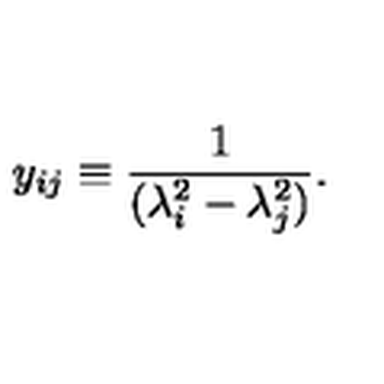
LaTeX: y _ { i j } \equiv \frac { 1 } { ( \lambda _ { i } ^ { 2 } - \lambda _ { j } ^ { 2 } ) } .